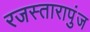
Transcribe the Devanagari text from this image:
रजस्तारापुंज